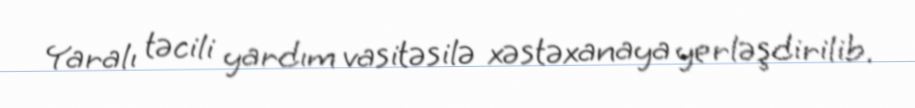
Yaralı təcili yardım vasitəsilə xəstəxanaya yerləşdirilib.